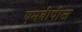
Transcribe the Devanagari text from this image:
एमबीपीज